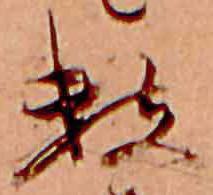
数